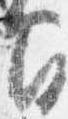
間